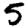
Digit: 5